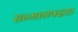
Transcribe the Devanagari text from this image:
सन्मानपदक